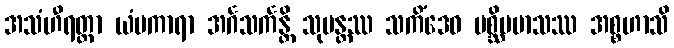
အသံဟီရတ္တာ ယံပကာရာ အင်္ဂသင်္ကန္တိ သုပန္တဿ သကိံဒေဝ ပစ္ဆိမမာသဿ အစ္စဟာသိ